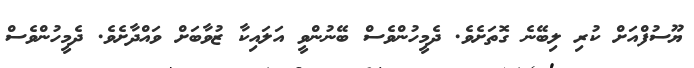
ޔޫސުފްއަށް ކުރި ލިބޭނެ ގޮތަަށެވެ. ދެމީހުންވެސް ބޭނުންވީ އަލައިކާ ޒުވާބަށް ވައްދާށެވެ. ދެމީހުންވެސް